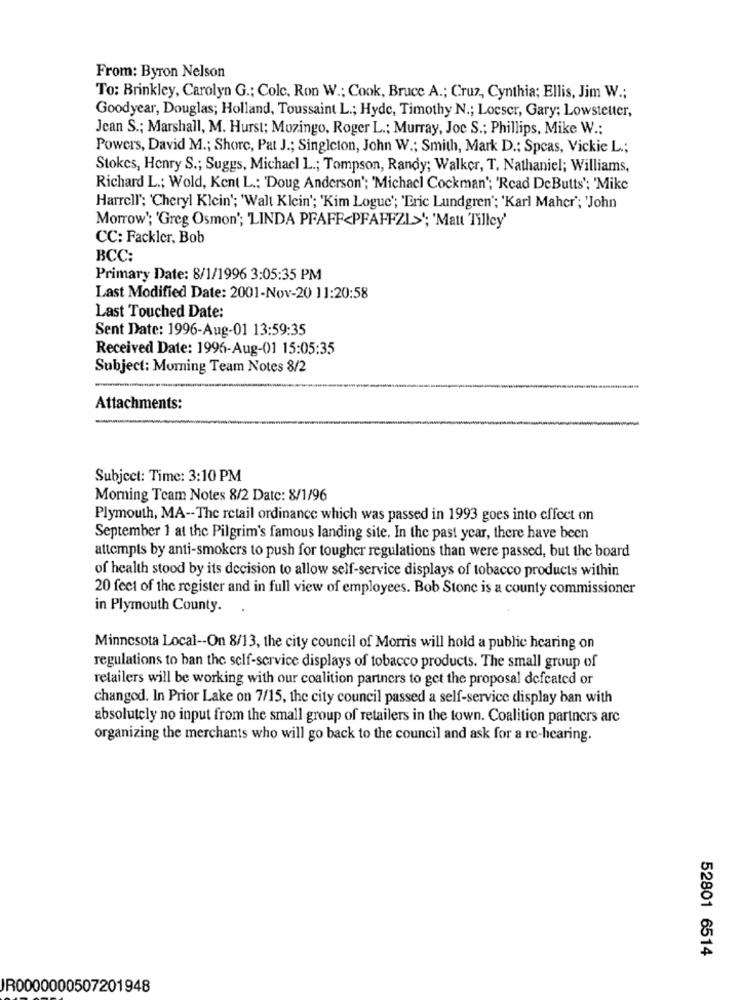
From: Byron Nelson
To: Brinkley, Carolyn G .; Cole, Ron W .; Cook, Bruce A .; Cruz, Cynthia; Ellis, Jim W .;
Goodyear, Douglas; Holland, Toussaint L .; Hyde, Timothy N .; Locser, Gary; Lowsteuer,
Jean S .; Marshall, M. Hurst; Mozingo, Roger L .; Murray, Joc S .; Phillips, Mike W .:
Powers, David M .; Shore, Pat J .; Singleton, John W .; Smith, Mark D .: Spcas, Vickie L .;
Stokes, Henry S .; Suggs, Michacl L .; Tompson, Randy; Walker, T, Nathaniel; Williams,
Richard L .; Wold, Kent L .; 'Doug Anderson'; 'Michacl Cockman'; 'Rcad DeButts'; 'Mike
Harrell'; 'Cheryl Klein'; 'Walt Klein'; 'Kim Logue'; 'Eric Lundgren'; 'Karl Maher'; 'John
Morrow'; 'Greg Osmon'; 'LINDA PFAFF<PFAFFZI>'; 'Matt Tilley'
CC: Fackler, Bob
BCC:
Primary Date: 8/1/1996 3:05:35 PM
Last Modified Date: 2001-Nov-20 11:20:58
Last Touched Date:
Sent Date: 1996-Aug-01 13:59:35
Received Date: 1996-Aug-01 15:05:35
Subject: Morning Team Notes 8/2
Attachments:
Subject: Time: 3:10 PM
Morning Team Notes 8/2 Date: 8/1/96
Plymouth, MA -- The retail ordinance which was passed in 1993 goes into effect on
September 1 at the Pilgrim's famous landing site. In the past year, there have been
attempts by anti-smokers to push for tougher regulations than were passed, but the board
of health stood by its decision to allow self-service displays of tobacco products within
20 feet of the register and in full view of employees. Bob Stone is a county commissioner
in Plymouth County.
Minnesota Local -- On 8/13, the city council of Morris will hold a public hearing on
regulations to ban the self-service displays of tobacco products. The small group of
retailers will be working with our coalition partners to get the proposal defeated or
changod. In Prior Lake on 7/15, the city council passed a self-service display ban with
absolutely no input from the small group of retailers in the town. Coalition partners arc
organizing the merchants who will go back to the council and ask for a re-hearing.
52801 6514
IR0000000507201948